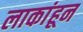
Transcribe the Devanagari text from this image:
लाकांहून